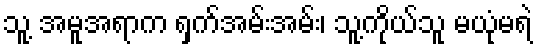
သူ့ အမူအရာက ရှက်အမ်းအမ်း၊ သူ့ကိုယ်သူ မယုံမရဲ